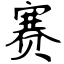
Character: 赛